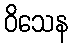
ဝိသေန